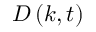
{ D } \left( { k , t } \right)